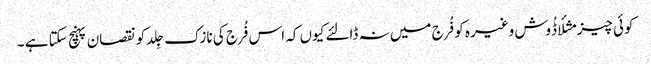
کوئی چیز مثلأ ڈُوش وغیرہ کو فُرج میں نہ ڈالئے کیوں کہ اس فُرج کی نازک جِلد کو نقصان پہنچ سکتا ہے ۔